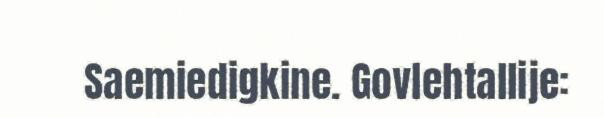
Saemiedigkine. Govlehtallije: